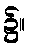
၌။